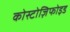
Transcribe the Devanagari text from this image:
कोस्टोज़िफोइड